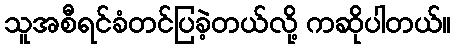
သူအစီရင်ခံတင်ပြခဲ့တယ်လို့ ကဆိုပါတယ်။